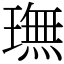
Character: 璑